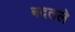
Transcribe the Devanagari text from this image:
बदतले